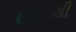
દાનતથી